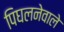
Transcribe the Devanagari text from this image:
पिघलनेवाले